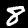
Label: 8